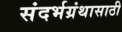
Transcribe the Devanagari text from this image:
संदर्भग्रंथासाठी